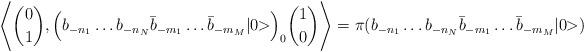
LaTeX: \begin{align*}\Biggl\langle {0 \choose 1}, \Bigl(b_{-n_1} \dots b_{-n_N} \bar b_{-m_1} \dots \bar b_{-m_M} \vert 0 \!\!> \Bigr)_0 {1 \choose 0} \Biggr\rangle=\pi ( b_{-n_1} \dots b_{-n_N} \bar b_{-m_1} \dots \bar b_{-m_M} \vert 0 \!\!>)\end{align*}